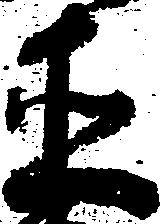
直